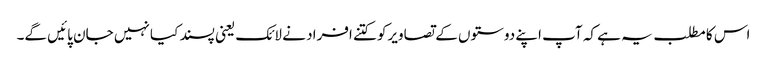
اس کا مطلب یہ ہے کہ آپ اپنے دوستوں کے تصاویرکو کتنے افراد نے لائک یعنی پسند کیا نہیں جان پائیں گے۔